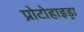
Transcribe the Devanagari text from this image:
प्रोटोहाइड्रा